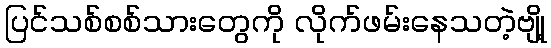
ပြင်သစ်စစ်သားတွေကို လိုက်ဖမ်းနေသတဲ့ဗျို့